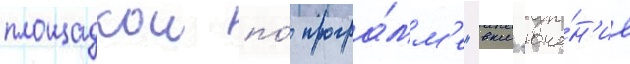
площадкои по́ програ́мм'е "вкл'юче́н'ие